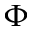
\boldsymbol { \Phi }